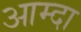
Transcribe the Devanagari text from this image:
आम्दा